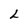
Character: L